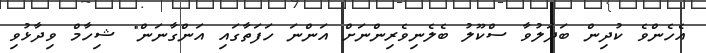
އެހެންވެ ކުދިން ބަދަލުވާ ސްކޫލު ބެލެނިވެރިންނަށް އަންނަ ހަފަތާގައި އަންގާނަން" ޝިހާމް ވިދާޅުވި